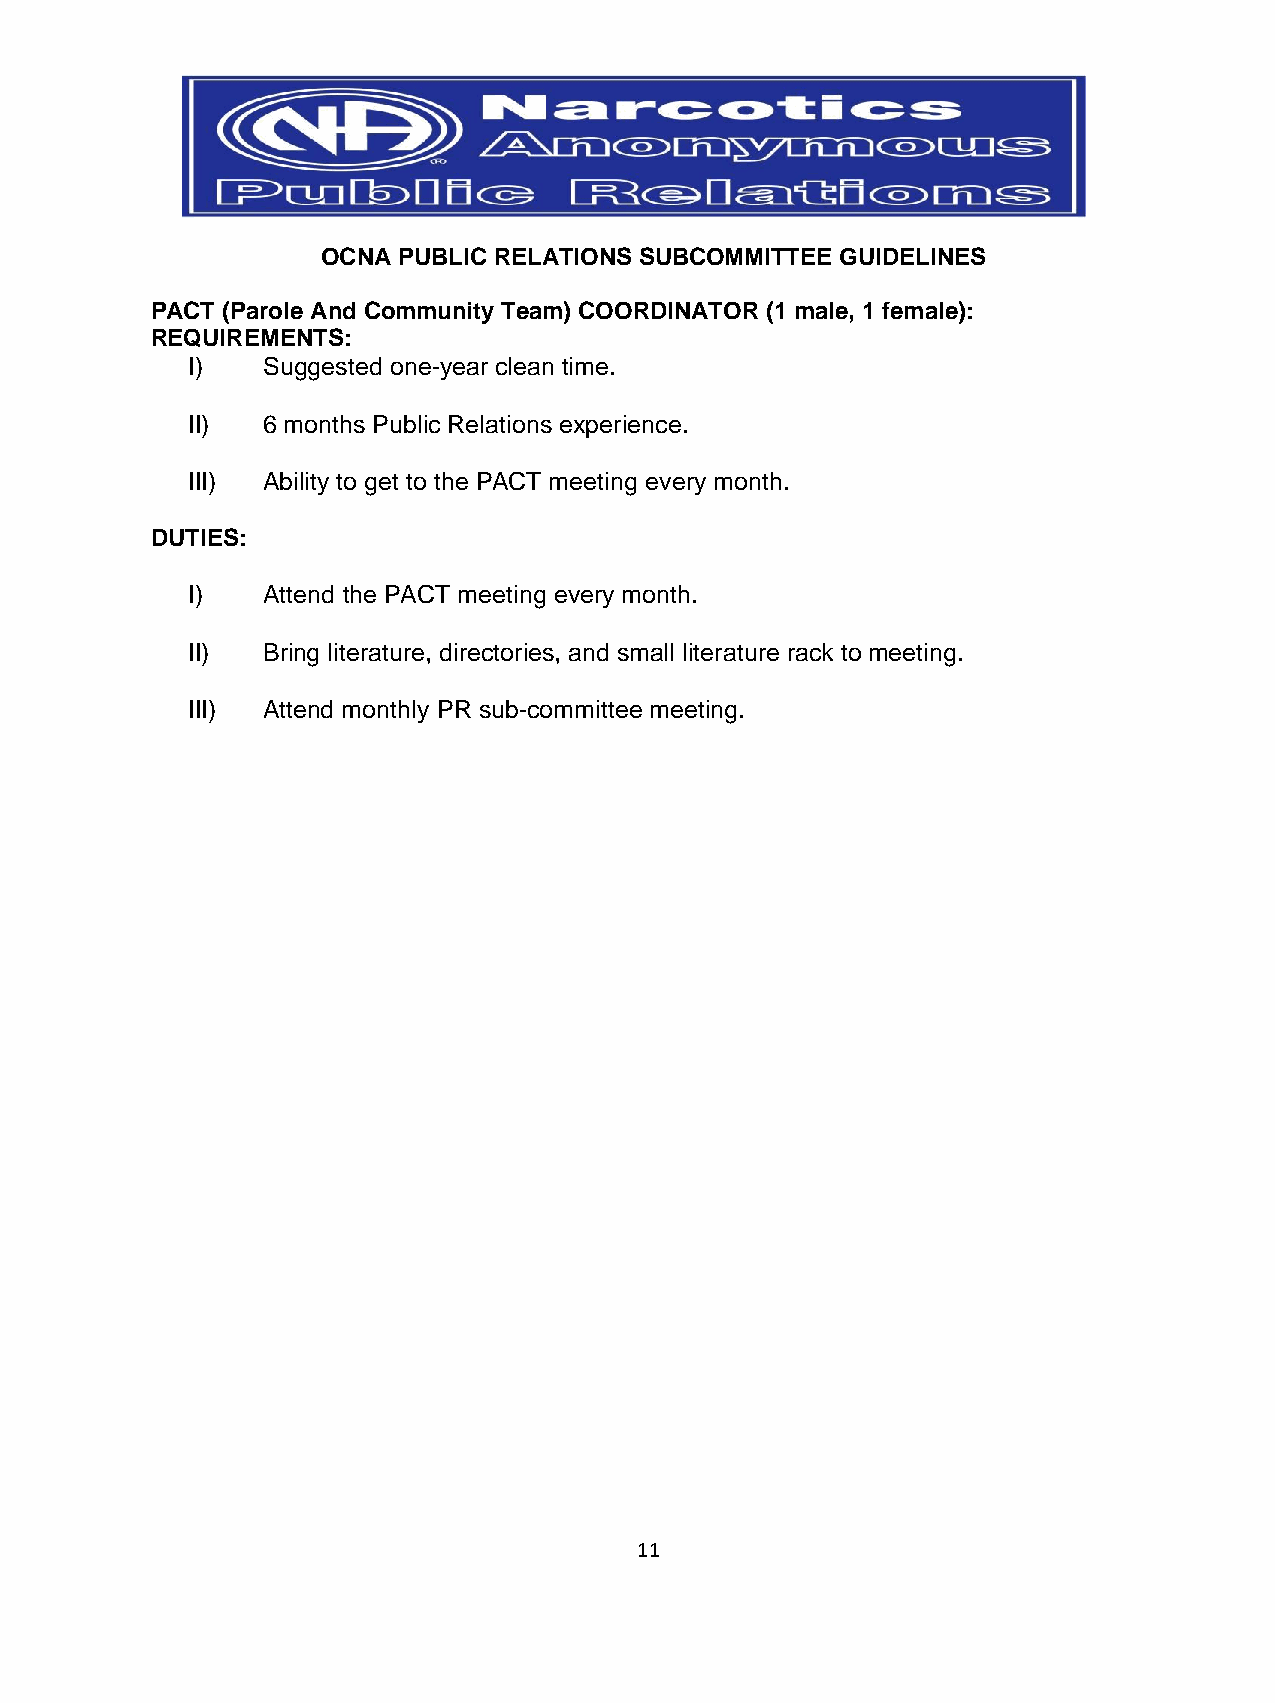
OCNA PUBLIC RELATIONS SUBCOMMITTEE GUIDELINES
 PACT (Parole And Community Team) COORDINATOR (1 male, 1 female):
 REQUIREMENTS:
 I)   Suggested one-year clean time.
 II)  6 months Public Relations experience.
 III) Ability to get to the PACT meeting every month.
 DUTIES:
 I)   Attend the PACT meeting every month.
 II)  Bring literature, directories, and small literature rack to meeting.
 III) Attend monthly PR sub-committee meeting.
 11